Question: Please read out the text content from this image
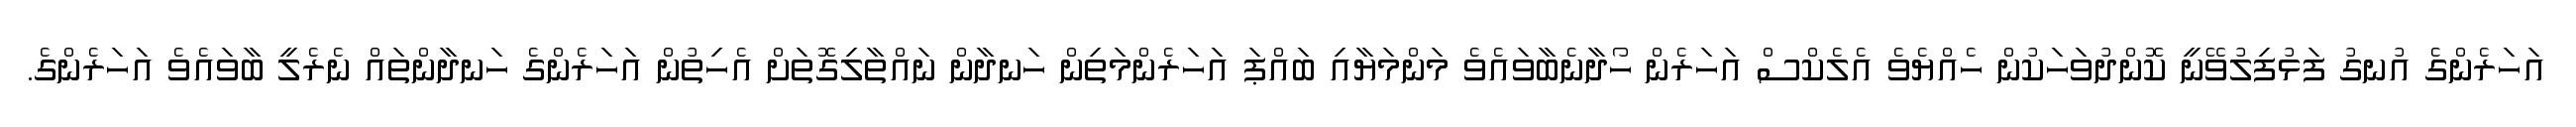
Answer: އަހަރެންގެ އުނގު ފަޅުފިލުވޭނީ ކޮންދުވަހަކުން ހެއްޔެވެ އެލެކްސް އަހަރެން ހޯދާނެބާވައެވެ މަންމަޔާއި ބައްޕަ އަހަރެންމަތިން ހަނދާން ނައްތާލިގޮތަށް އެހިތުން އަހަރެންގެ ހަނދާންތައް ނެރެލީ ބާވައެވެ އަހަރެންގެ.